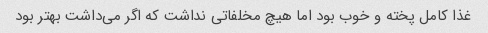
غذا کامل پخته و خوب بود اما هیچ مخلفاتی نداشت که اگر می‌داشت بهتر بود